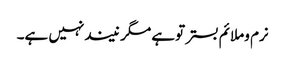
نرم وملائم بستر توہے مگر نیندنہیں ہے۔